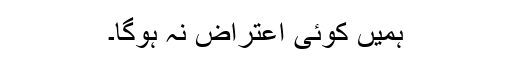
ہمیں کوئی اعتراض نہ ہوگا۔